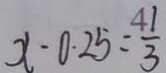
x - 0 . 2 5 = \frac { 4 1 } { 3 }